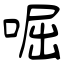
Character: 啒